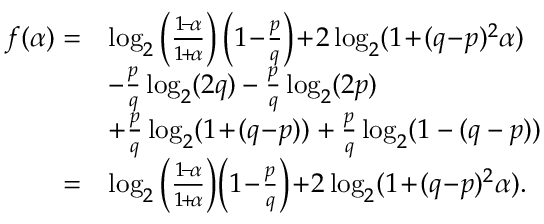
\begin{array} { r l } { f ( \alpha ) = } & { \log _ { 2 } \left( \frac { 1 \! - \! \alpha } { 1 \! + \! \alpha } \right) \left( 1 \! - \! \frac { p } { q } \right) \! + \! 2 \log _ { 2 } ( 1 \! + \! ( q \! - \! p ) ^ { 2 } \alpha ) } \\ & { - \frac { p } { q } \log _ { 2 } ( 2 q ) - \frac { p } { q } \log _ { 2 } ( 2 p ) } \\ & { + \frac { p } { q } \log _ { 2 } ( 1 \! + \! ( q \! - \! p ) ) + \frac { p } { q } \log _ { 2 } ( 1 - ( q - p ) ) } \\ { = } & { \log _ { 2 } \left( \frac { 1 \! - \! \alpha } { 1 \! + \! \alpha } \right) \! \left( 1 \! - \! \frac { p } { q } \right) \! + \! 2 \log _ { 2 } ( 1 \! + \! ( q \! - \! p ) ^ { 2 } \alpha ) . } \end{array}